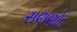
સણણોદ